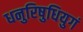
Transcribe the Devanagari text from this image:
धनुरिषुधियुगं